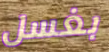
بغسل